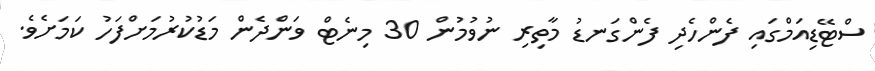
ސްޓޭޑިއަމްގައި ފެންހެދި ފެންގަނޑު މާތިރި ނުވުމުން 30 މިނެޓް ވަންދެން މަޑުކުރުމަށްފަހު ކަމަށެވެ.